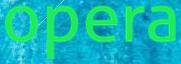
opera